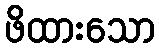
ဖိထားသော